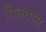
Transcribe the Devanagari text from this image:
पिक्तात